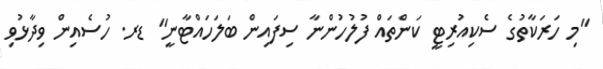
"މި ހަރަކާތުގެ ސެކިއުރިޓީ ކަންތައް ފުލުހުންނާ ސިފައިން ބަލަހައްޓާނީ" ޑރ. ހުސެއިން ވިދާޅުވި